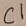
Text: C1